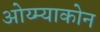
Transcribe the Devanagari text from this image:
ओय्म्याकोन